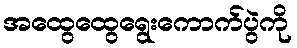
အထွေထွေရွေးကောက်ပွဲကို